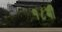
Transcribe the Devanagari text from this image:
१८बी